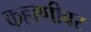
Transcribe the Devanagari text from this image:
कहाणीवर